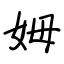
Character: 姆